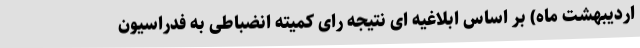
اردیبهشت ماه) بر اساس ابلاغیه ای نتیجه رای کمیته انضباطی به فدراسیون